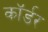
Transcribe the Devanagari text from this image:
कॉर्डर